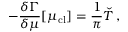
- \frac { \delta \Gamma } { \delta \mu } [ \mu _ { \mathrm { c l } } ] = \frac { 1 } { \pi } \check { T } \, ,